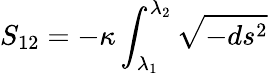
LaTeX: S_{12}=-\kappa\int_{\lambda_{1}}^{\lambda_{2}}\sqrt{-ds^{2}}